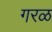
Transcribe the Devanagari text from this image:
गरळ